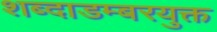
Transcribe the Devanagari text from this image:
शब्दाडम्बरयुक्त